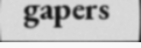
gapers